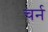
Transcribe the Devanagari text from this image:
चर्न